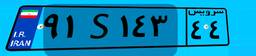
۰۸S۲۷۲۳۳